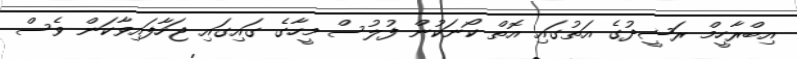
އިބްރާހީމް ރަޝީދުގެ އަތުގައި އޮތް ކޯނަކުން ފުލުސް މީހާގެ ގައިގައި ޖަހާފައިވާކަން ވެސް